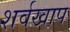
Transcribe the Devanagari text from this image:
शर्वखाप